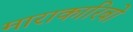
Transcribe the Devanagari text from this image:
माराकारिबो